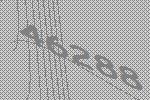
46288